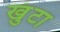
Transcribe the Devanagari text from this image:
खुंटा